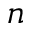
n